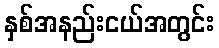
နှစ်အနည်းငယ်အတွင်း